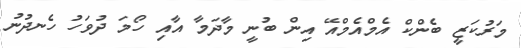
މަރުކަޒީ ބެންކް އެމްއެމްއޭ އިން ބުނީ މާދަމާ އާއި ހޯމަ ދުވަހު ހެނދުނު